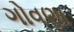
ગોવણા